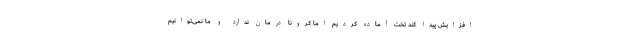
افزایش پیدا کند تخت آماده کردیم اما کرونا درمان ندارد و ما نمی‌توانیم